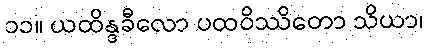
၁၁။ ယထိန္ဒခီလော ပထဝိဿိတော သိယာ၊